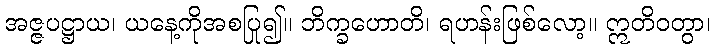
အဇ္ဇပဋ္ဌာယ၊ ယနေ့ကိုအစပြု၍။ ဘိက္ခဟောတိ၊ ရဟန်းဖြစ်လော့။ ဣတိဝတွာ၊